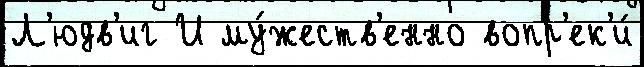
Л'юдв'иг И му́жеств'енно вопр'ек'и́